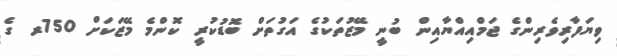
ވިޔަފާރިވެރިންގެ ޖަމްއިއްޔާއިން ބުނީ މޭޒުތަކުގެ އަގުތަށް ބޮޑުކުރީ ކޮންމެ މޭޒަކަށް 750ރ ގެ